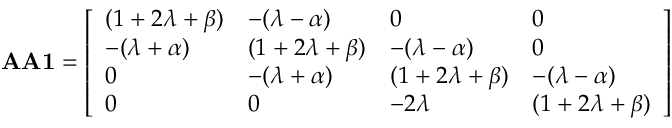
\mathbf { A A 1 } = { \left[ \begin{array} { l l l l } { ( 1 + 2 \lambda + \beta ) } & { - ( \lambda - \alpha ) } & { 0 } & { 0 } \\ { - ( \lambda + \alpha ) } & { ( 1 + 2 \lambda + \beta ) } & { - ( \lambda - \alpha ) } & { 0 } \\ { 0 } & { - ( \lambda + \alpha ) } & { ( 1 + 2 \lambda + \beta ) } & { - ( \lambda - \alpha ) } \\ { 0 } & { 0 } & { - 2 \lambda } & { ( 1 + 2 \lambda + \beta ) } \end{array} \right] }